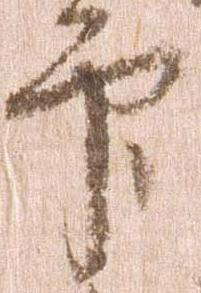
印